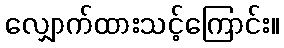
လျှောက်ထားသင့်ကြောင်း။